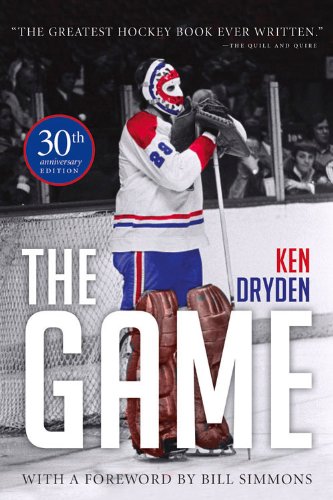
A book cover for The Game: 30th Anniversary Edition; Ken Dryden; Biographies & Memoirs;